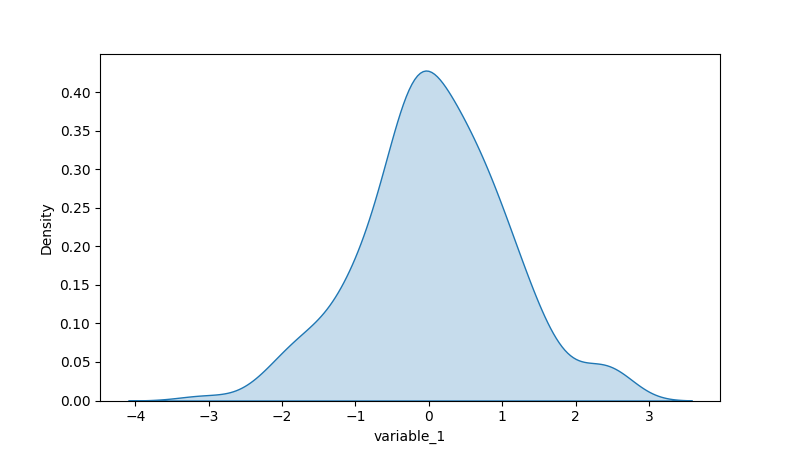
python, seaborn, kdeplot, hue='None', fill=True, bw_adjust=1.0